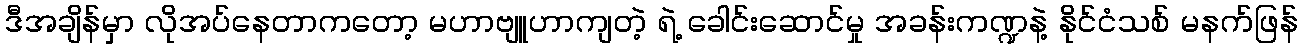
ဒီအချိန်မှာ လိုအပ်နေတာကတော့ မဟာဗျူဟာကျတဲ့ ရဲ့ ခေါင်းဆောင်မှု အခန်းကဏ္ဍနဲ့ နိုင်ငံသစ် မနက်ဖြန်